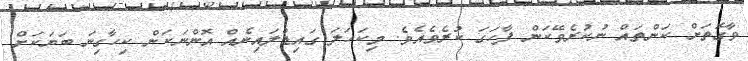
ވާގޮތަށް ކަންތައް ނުކުރެވޭކަން ފާހަގަ ކުރެވެއެވެ. މިކަހަލަ ގައިޑްލައިނެއް އޮންނަކަން ކިހާގިނަ ބަޔަކަށް